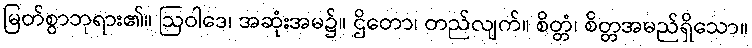
မြတ်စွာဘုရား၏။ ဩဝါဒေ၊ အဆုံးအမ၌။ ဌိတော၊ တည်လျက်။ စိတ္တံ၊ စိတ္တအမည်ရှိသော။